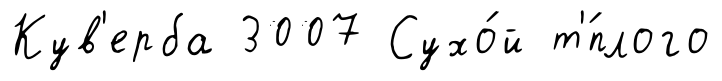
Кув'ерба 3007 Сухо́й т'́плого